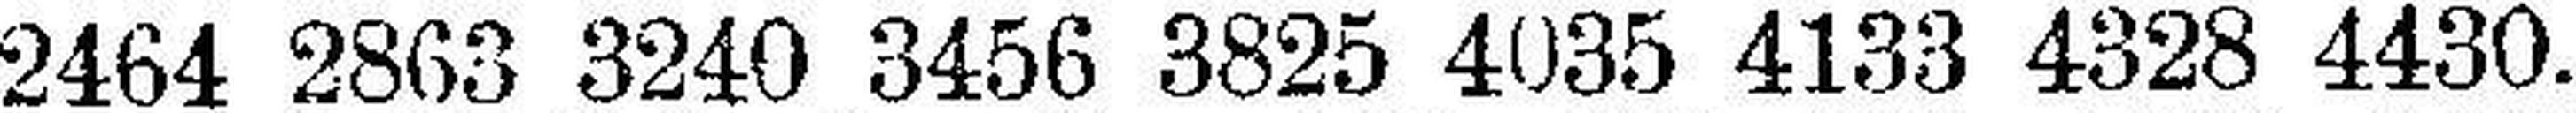
2464 2863 3240 3456 3825 4035 4133 4328 4430.